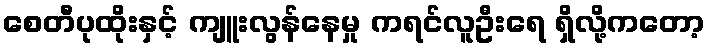
စေတီပုထိုးနှင့် ကျူးလွန်နေမှု ကရင်လူဦးရေ ရှိလို့ကတော့